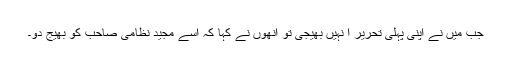
جب میں نے اپنی پہلی تحریر ا نہیں بھیجی تو انھوں نے کہا کہ اسے مجید نظامی صاحب کو بھیج دو۔